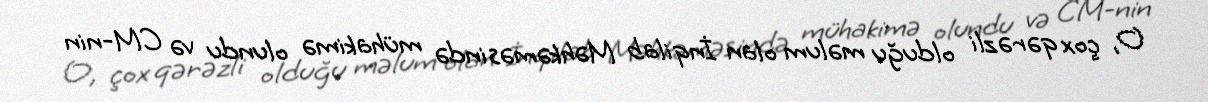
O, çox qərəzli olduğu məlum olan İnqilab Məhkəməsində mühakimə olundu və CM-nin